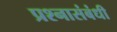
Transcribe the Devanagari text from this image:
प्रश्नासंबंधी